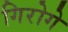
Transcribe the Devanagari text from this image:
गिरोगे